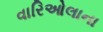
વારિઓલાના